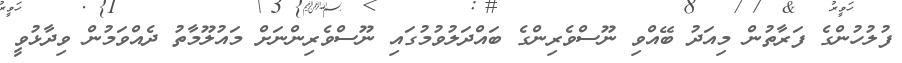
ފުލުހުންގެ ފަރާތުން މިއަދު ބޭއްވި ނޫސްވެރިންގެ ބައްދަލުވުމުގައި ނޫސްވެރިންނަށް މައުލޫމާތު ދެއްވަމުން ވިދާޅުވީ